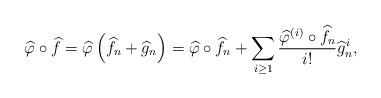
LaTeX: \begin{align*}\widehat{\varphi}\circ\widehat{f}=\widehat{\varphi}\left(\widehat{f}_{n}+\widehat{g}_{n}\right)=\widehat{\varphi}\circ\widehat{f}_{n}+\sum_{i\geq1}\frac{\widehat{\varphi}^{(i)}\circ\widehat{f}_{n}}{i!}\widehat{g}_{n}^{i} ,\end{align*}